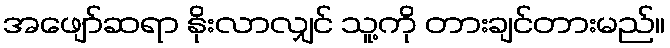
အဖျော်ဆရာ နိုးလာလျှင် သူ့ကို တားချင်တားမည်။